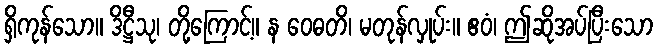
ရှိကုန်သော။ ဒိဋ္ဌီသု၊ တို့ကြောင့်။ န ဝေဓတိ၊ မတုန်လှုပ်း။ ဧဝံ၊ ဤဆိုအပ်ပြီးသော